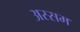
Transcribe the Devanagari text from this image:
अस्सम